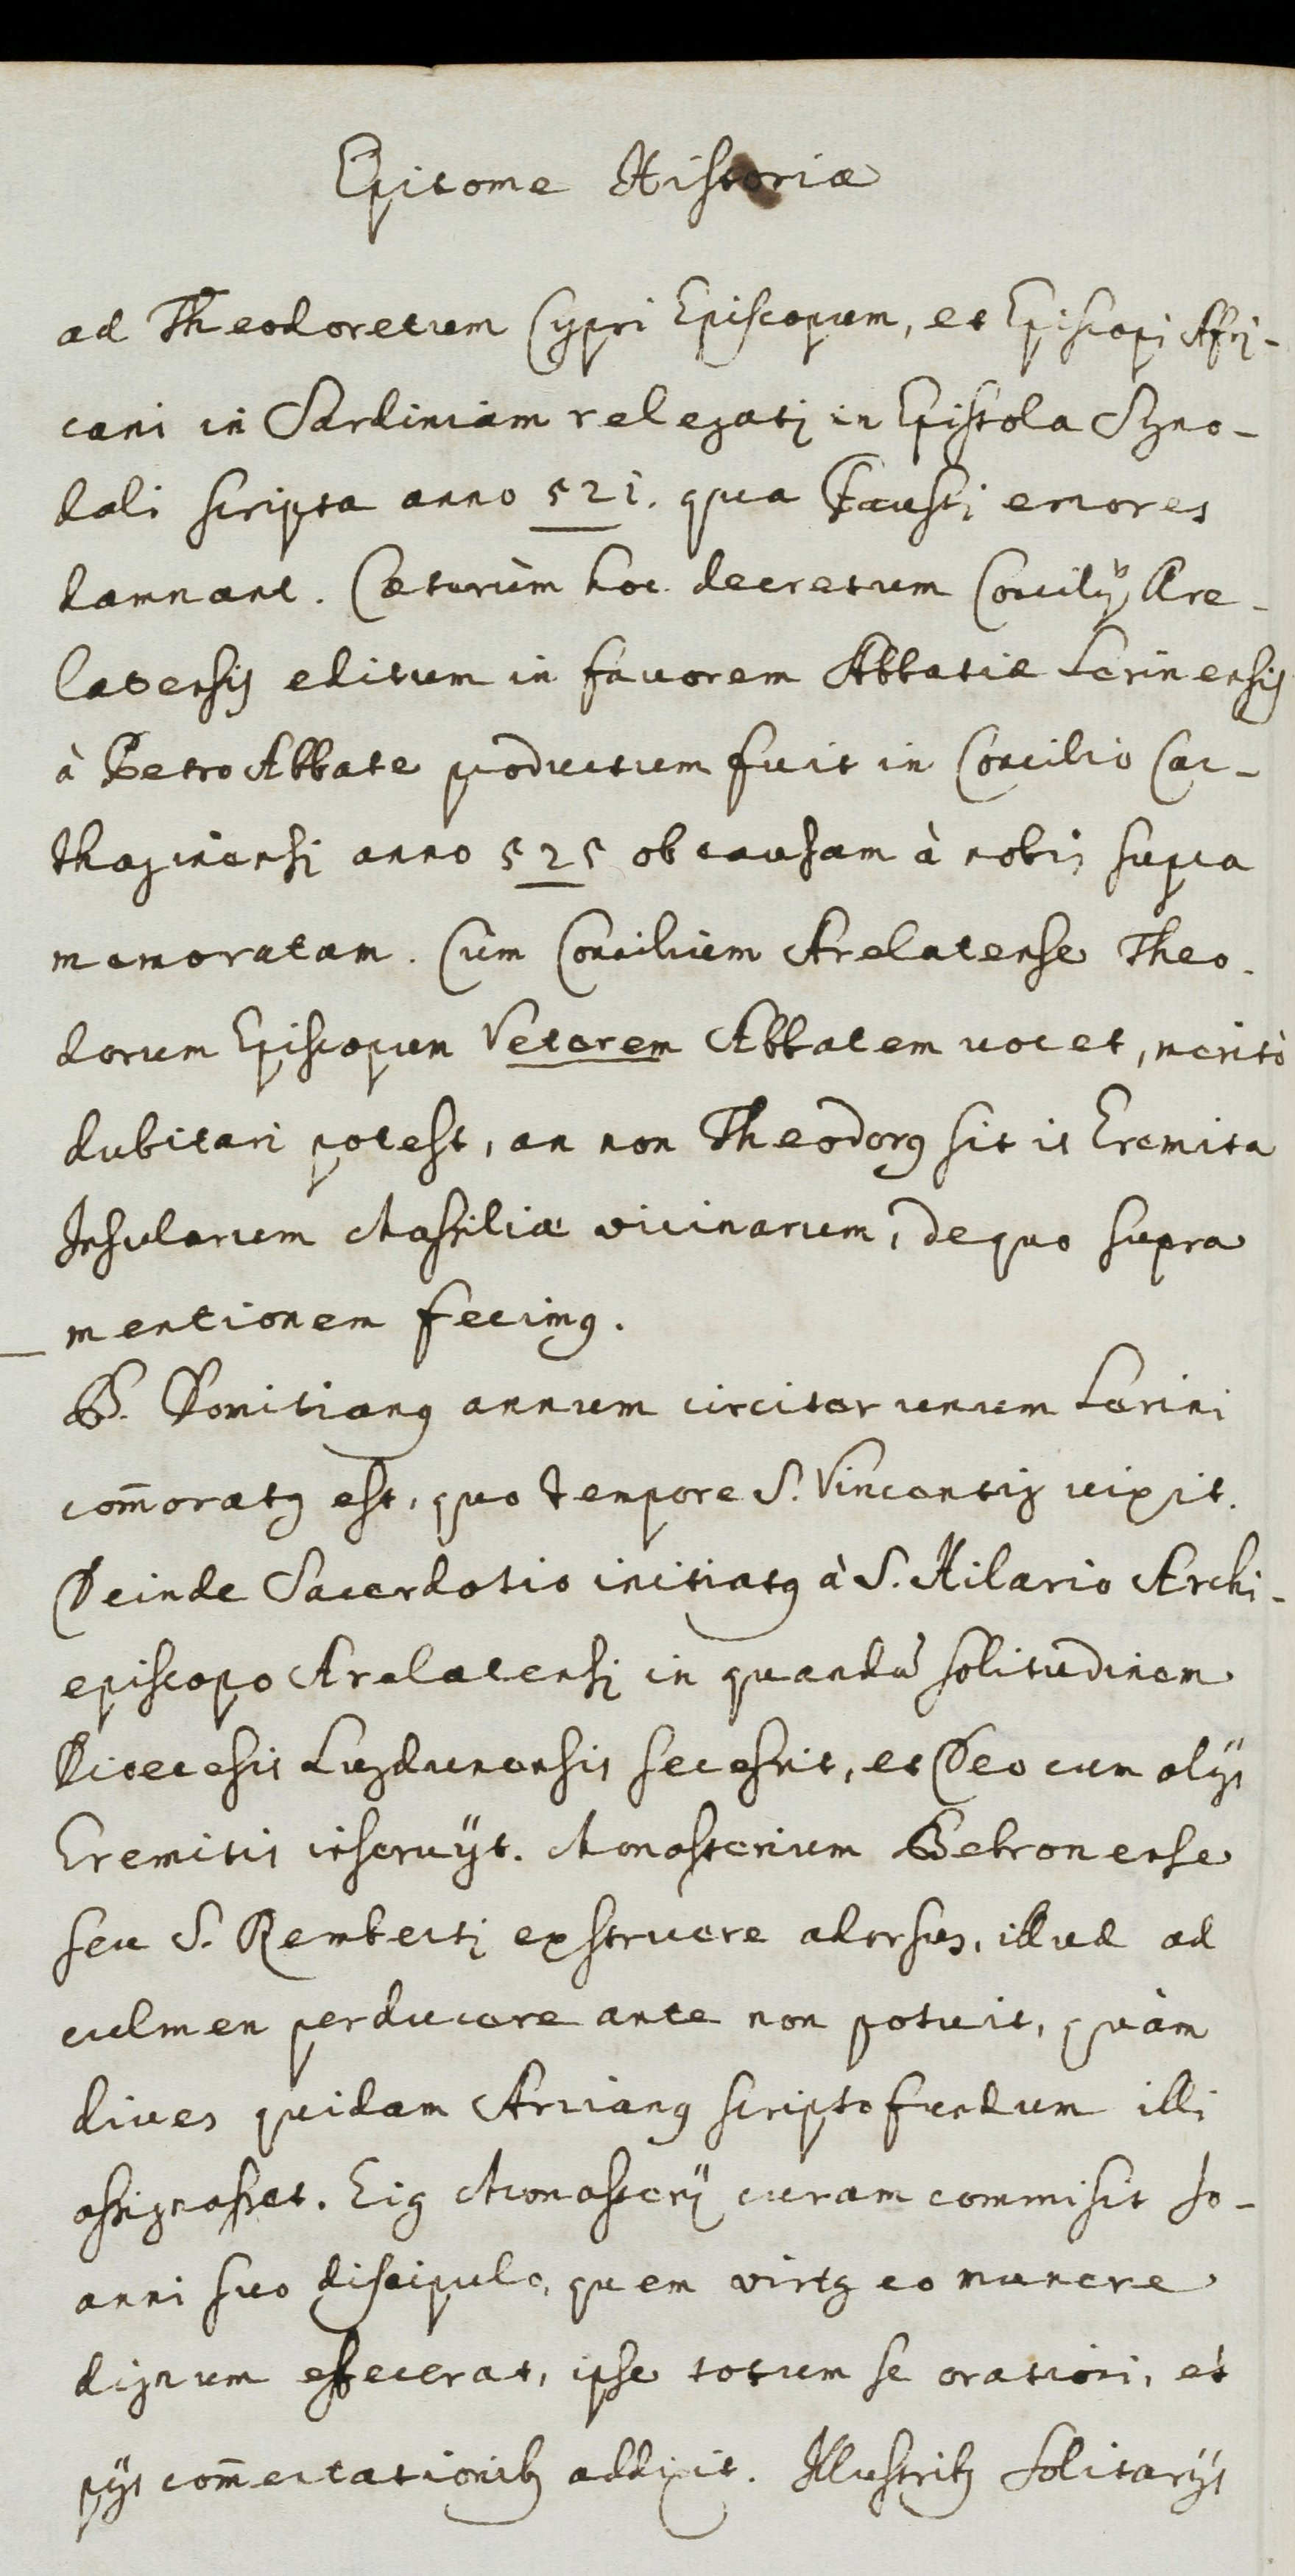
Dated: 1600–1699